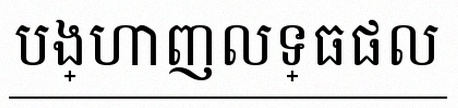
បង្ហាញលទ្ធផល